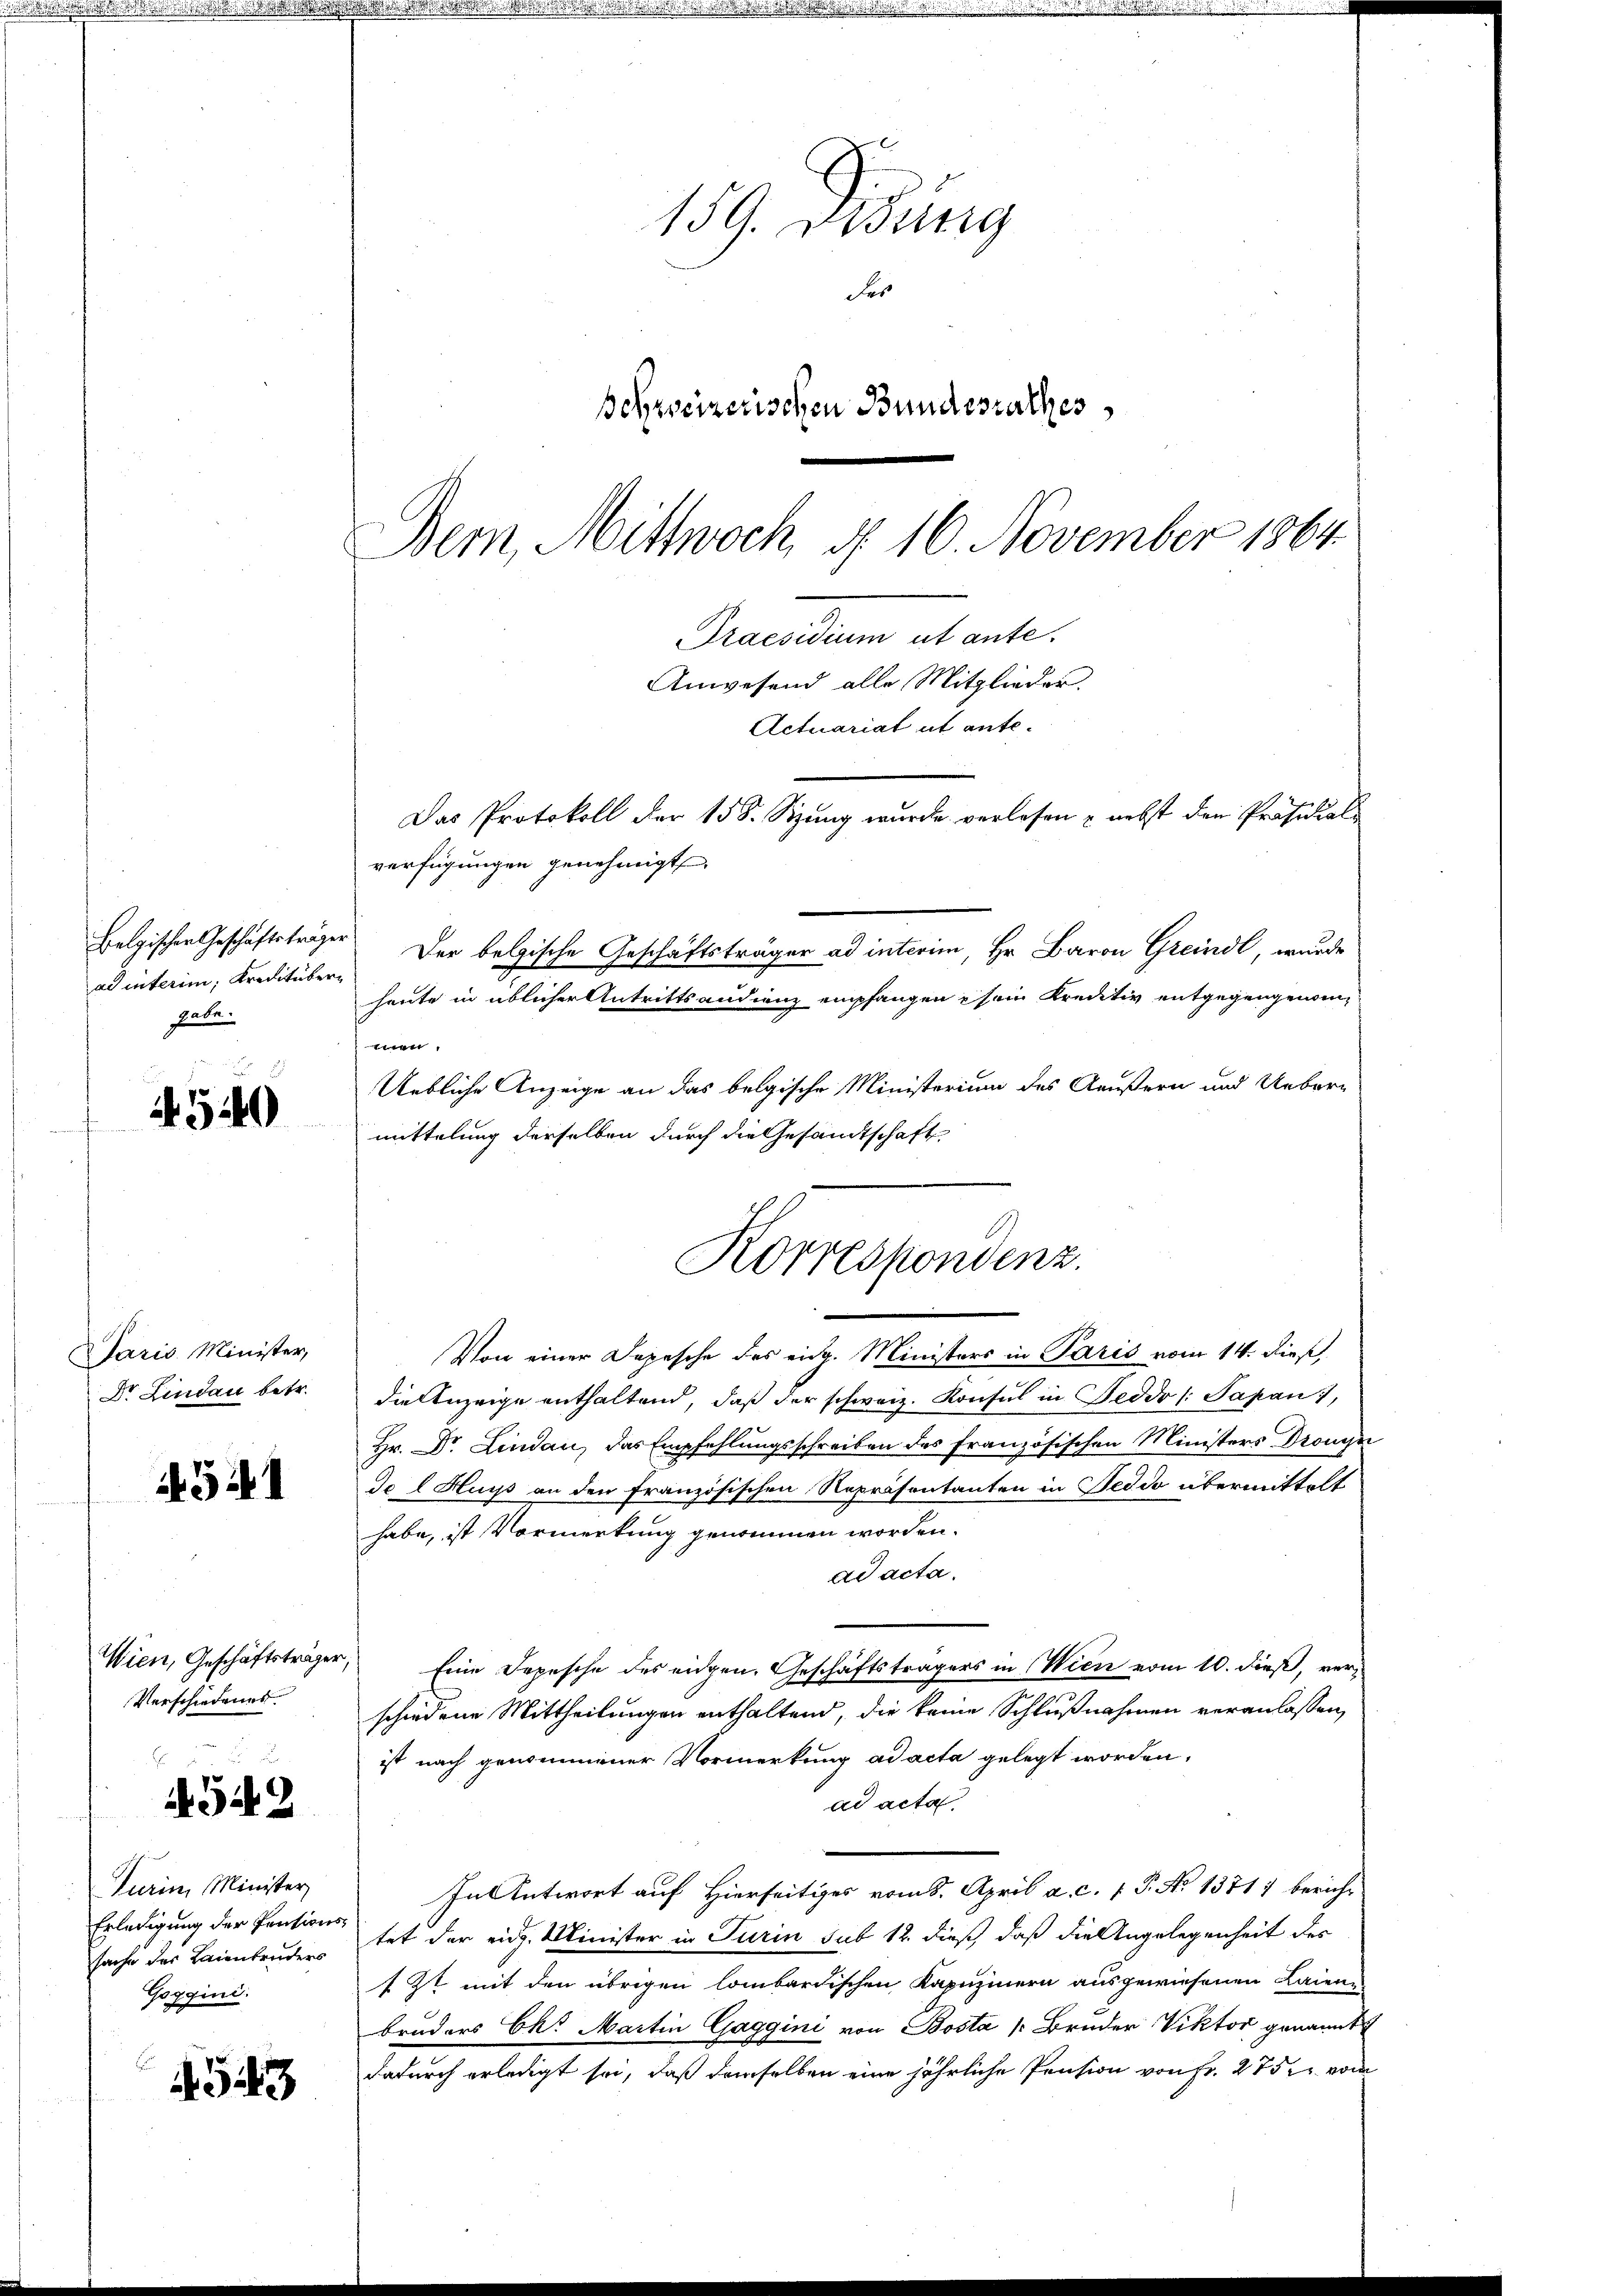
Belgischen Geschäftsträgen
ad interim, Kreditübergate.

540

Paris Minister,
Dr. Lindau betr.

43i

Verschiedenes

4342

Turin Minister
Erledigung der Pensionssache der Laienbruders
Goggini

543

159. Disung
Fer
Schweizerischen Bundesrathes
Bem, Mittwoch, § 16. November 1864.
Praesidium ut ante.
Anwesend alle Mitglieder.
Actuariat it ante¬
Das Protokoll der 15 S. Sitzung wurde verlesen & nebst den Präsidial
verfügungen genehmigt

e
Der belgische Geschäftsträger ad interim, Hr. Baron Greindl, wurde
heute in üblicher Antrittsandienz empfangen sein Kreditiv entgegengenden,
men.
Uebliche Anzeige an das belgische Ministerium des Aeußern und Uebermittelung derselben durch die Gesandtschaft
Von einer Depesche des eidg. Ministers in Paris vom 14. dieß,
die Anzeige enthaltend, daß der schweiz. Konsul in Feddo /: Papan,
Hr. Dr. Lindau, das Empfehlungsschreiben des französischen Ministers Konce
do l Hurs an den Französischen Repräsentanten in Fedio übermittelt
habe, ist Vormerkung genommen worden.
ad acta.
Wien, Geschäftsträger, Eine Depesche des eidgen. Geschäftsträgers in Wien vom 10. dieß, verschiedene Mittheilungen enthaltend, die keine Schlußnahmen veranlassen,
ist nach genommener Vormerkung ad acta gelegt worden,
ad acta.
In Antwort auf Hierseitiges vom 8. April a. c. 1 P. No 1371) bericht
tet der eidg. Minister in Turin sub 12. dieß, daß die Angelegenheit der
1zt mit den übrigen lombardischen Kapuzinern ausgewiesenen Laiene
bruders Chr Martin Gaggini von Bosta /: Bruder Viktor genannt
dadurch erledigt sei, daß derselben eine jährliche Pension von Fr. 275 vom

Korrespondenz.